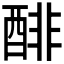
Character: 𰼌